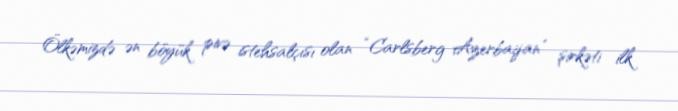
Ölkəmizdə ən böyük pivə istehsalçısı olan “Carlsberg Azerbaijan” şirkəti ilk